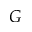
G